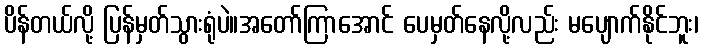
ပိန်တယ်လို့ ပြန်မှတ်သွားရုံပဲ။အတော်ကြာအောင် ပေမှတ်နေလို့လည်း မပျောက်နိုင်ဘူး၊